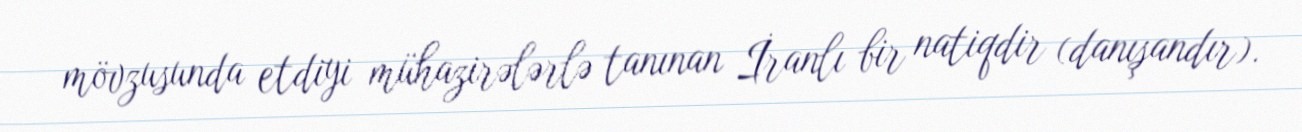
mövzusunda etdiyi mühazirələrlə tanınan İranlı bir natiqdir (danışandır).